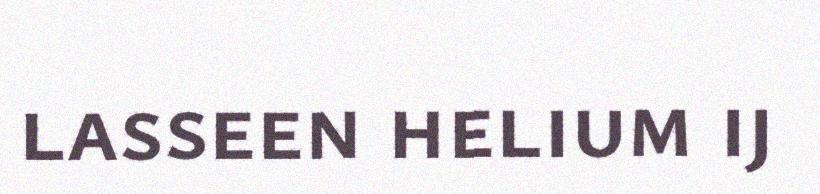
lasseen helium ij